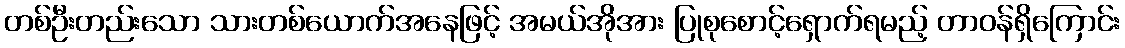
တစ်ဦးတည်းသော သားတစ်ယောက်အနေဖြင့် အမယ်အိုအား ပြုစုစောင့်ရှောက်ရမည့် တာဝန်ရှိကြောင်း